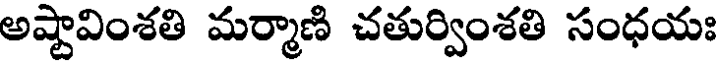
అష్టావింశతి మర్మాణి చతుర్వింశతి సంధయః